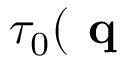
\tau _ { 0 } ( \textbf { q }